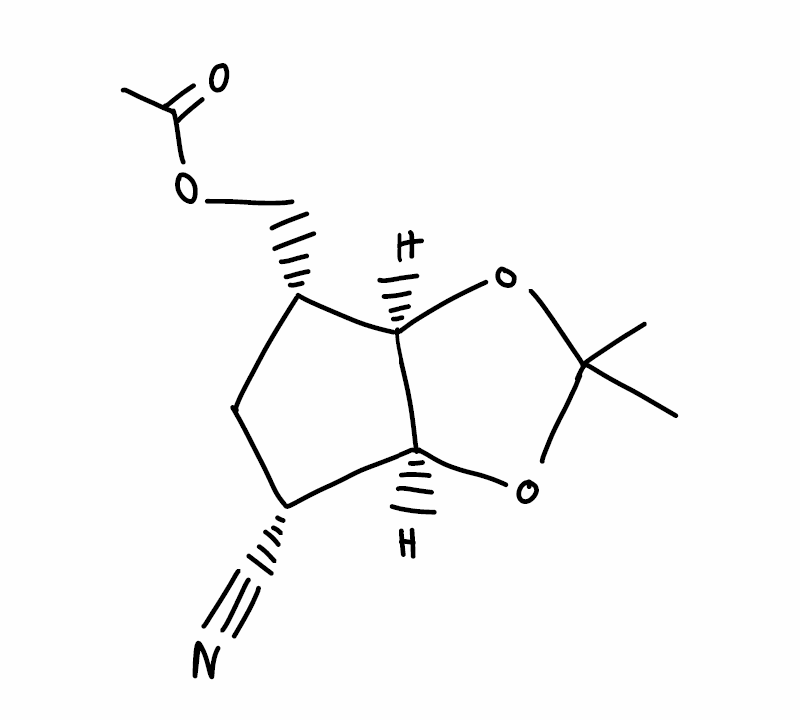
Simplified molecular-input line-entry system (SMILES) notation of the given molecule:
CC(=O)OC[C@H]1C[C@H]([C@H]2[C@@H]1OC(O2)(C)C)C#N